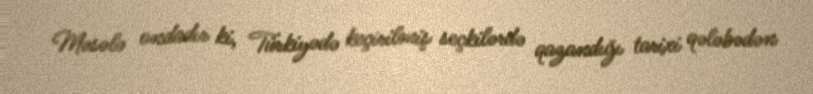
Məsələ ondadır ki, Türkiyədə keçirilmiş seçkilərdə qazandığı tarixi qələbədən